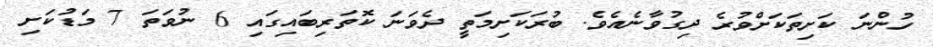
ހުންނަ ކަށިތަކަށްވުރެ ދިގުވާނެއެވެ. ބުރަކަށިމަތީ ދެވަނަ ކޮތަރިބައިގައި 6 ނުވަތަ 7 މަޑުކަށި